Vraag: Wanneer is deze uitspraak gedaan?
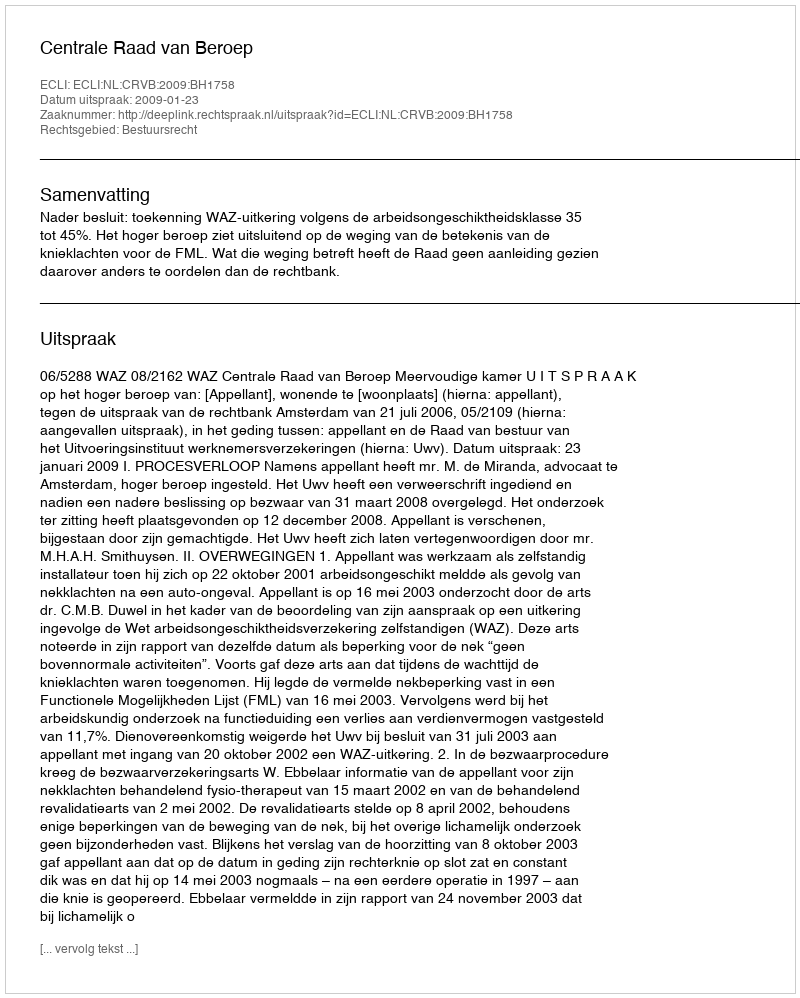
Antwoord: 2009-01-23